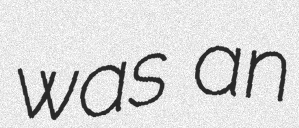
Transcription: was an